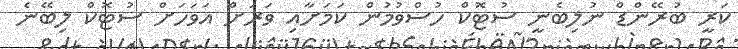
ކަރީ ބުރޭންޑް ނުލިބެނީ ސުޓޮކް ހުސްވުމުން ކަމަށާއި ވަރަށް އަވަހަށް ސުޓޮކް ލިބޭނެ